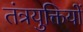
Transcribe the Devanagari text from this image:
तंत्रयुक्तियों